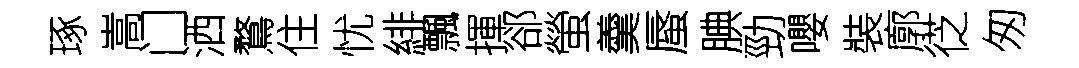
琢嵩门洒鶩住忧緋飄揮郤螢羹蜃腆勁嚶裝廓徔匆